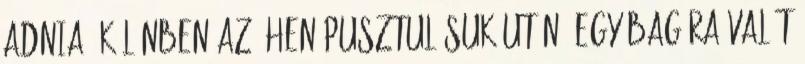
adnia, különben az éhen pusztulásuk után, egy bagóra valót